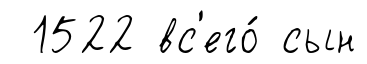
1522 вс'его́ сын